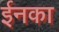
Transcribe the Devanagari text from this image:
ईनका